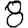
Digit: 8